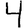
Digit: 4